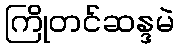
ကြိုတင်ဆန္ဒမဲ